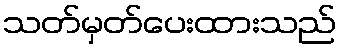
သတ်မှတ်ပေးထားသည်